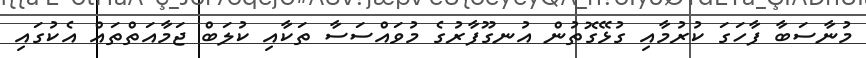
މުނާސަބާ ފާހަގަ ކުރުމާއި ގުޅޭގޮތުން އުނގޫފާރުގެ މުވައްސަސާ ތަކާއި ކުލަބް ޖަމާއަތްތައް އެކުގައި